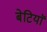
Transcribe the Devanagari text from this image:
बेटियाॅ